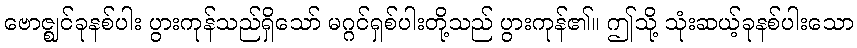
ဗောဇ္ဈင်ခုနစ်ပါး ပွားကုန်သည်ရှိသော် မဂ္ဂင်ရှစ်ပါးတို့သည် ပွားကုန်၏။ ဤသို့ သုံးဆယ့်ခုနစ်ပါးသော